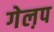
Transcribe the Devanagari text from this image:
गेल़प